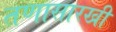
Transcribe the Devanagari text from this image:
तणासारखी